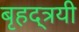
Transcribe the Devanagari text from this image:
बृहद्त्रयी